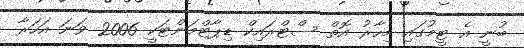
ބުނީ އެ ޓީމުގައި މިހާރު އޮތް ސްޓްރައިކް ޑިޕާޓްމަންޓަކީ 2006 ވަނަ އަހަރާ